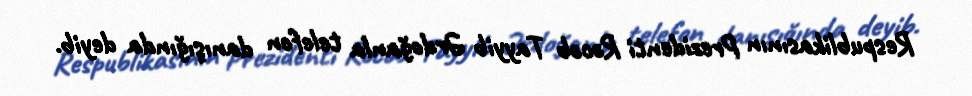
Respublikasının Prezidenti Rəcəb Tayyib Ərdoğanla telefon danışığında deyib.